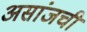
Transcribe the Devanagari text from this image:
असांजची